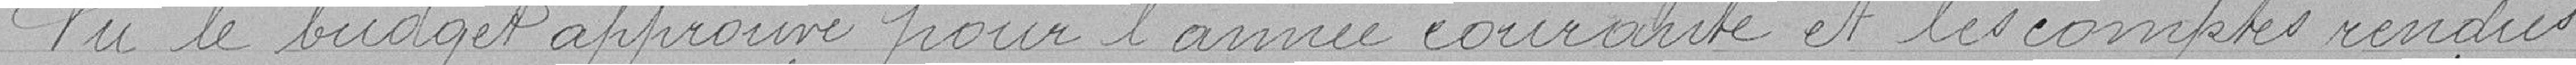
Vu le budget approuvé par l'année courante et les comptes rendus